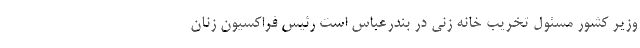
وزیر کشور مسئول تخریب خانه زنی در بندرعباس است رئیس فراکسیون زنان